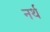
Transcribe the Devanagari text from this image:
नर्थ